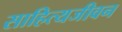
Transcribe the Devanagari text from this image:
साहित्यजीवन